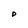
Character: D